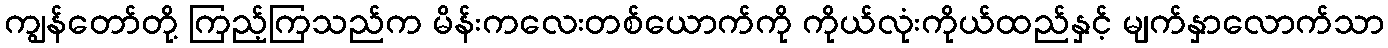
ကျွန်တော်တို့ ကြည့်ကြသည်က မိန်းကလေးတစ်ယောက်ကို ကိုယ်လုံးကိုယ်ထည်နှင့် မျက်နှာလောက်သာ